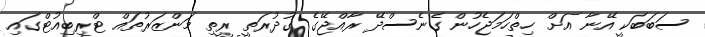
ސަބަބަކީ އޭނާ އަށް ހިތްހަަމަޖެހުން ގެނެސްދޭ ރާއްޖޭގެ ގުދުރަތީ ރީތި މަންޒަރުތައް ޓްރިބިއުޓްގައި